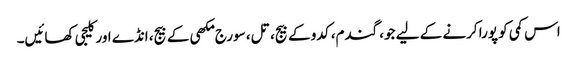
اس کمی کو پورا کرنے کے لیے جو، گندم، کدو کے بیج، تل، سورج مکھی کے بیج، انڈے اور کلیجی کھائیں۔